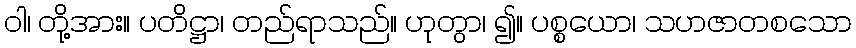
ဝါ၊ တို့အား။ ပတိဋ္ဌာ၊ တည်ရာသည်။ ဟုတွာ၊ ၍။ ပစ္စယော၊ သဟဇာတစသော